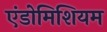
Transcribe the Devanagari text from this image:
एंडोमिशियम